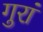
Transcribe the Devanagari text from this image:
गुरां